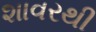
શાવરથી